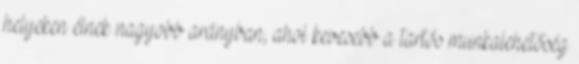
helyeken élnek nagyobb arányban, ahol kevesebb a tartós munkalehetőség